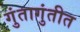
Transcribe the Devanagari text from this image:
गुंतागुंतीत